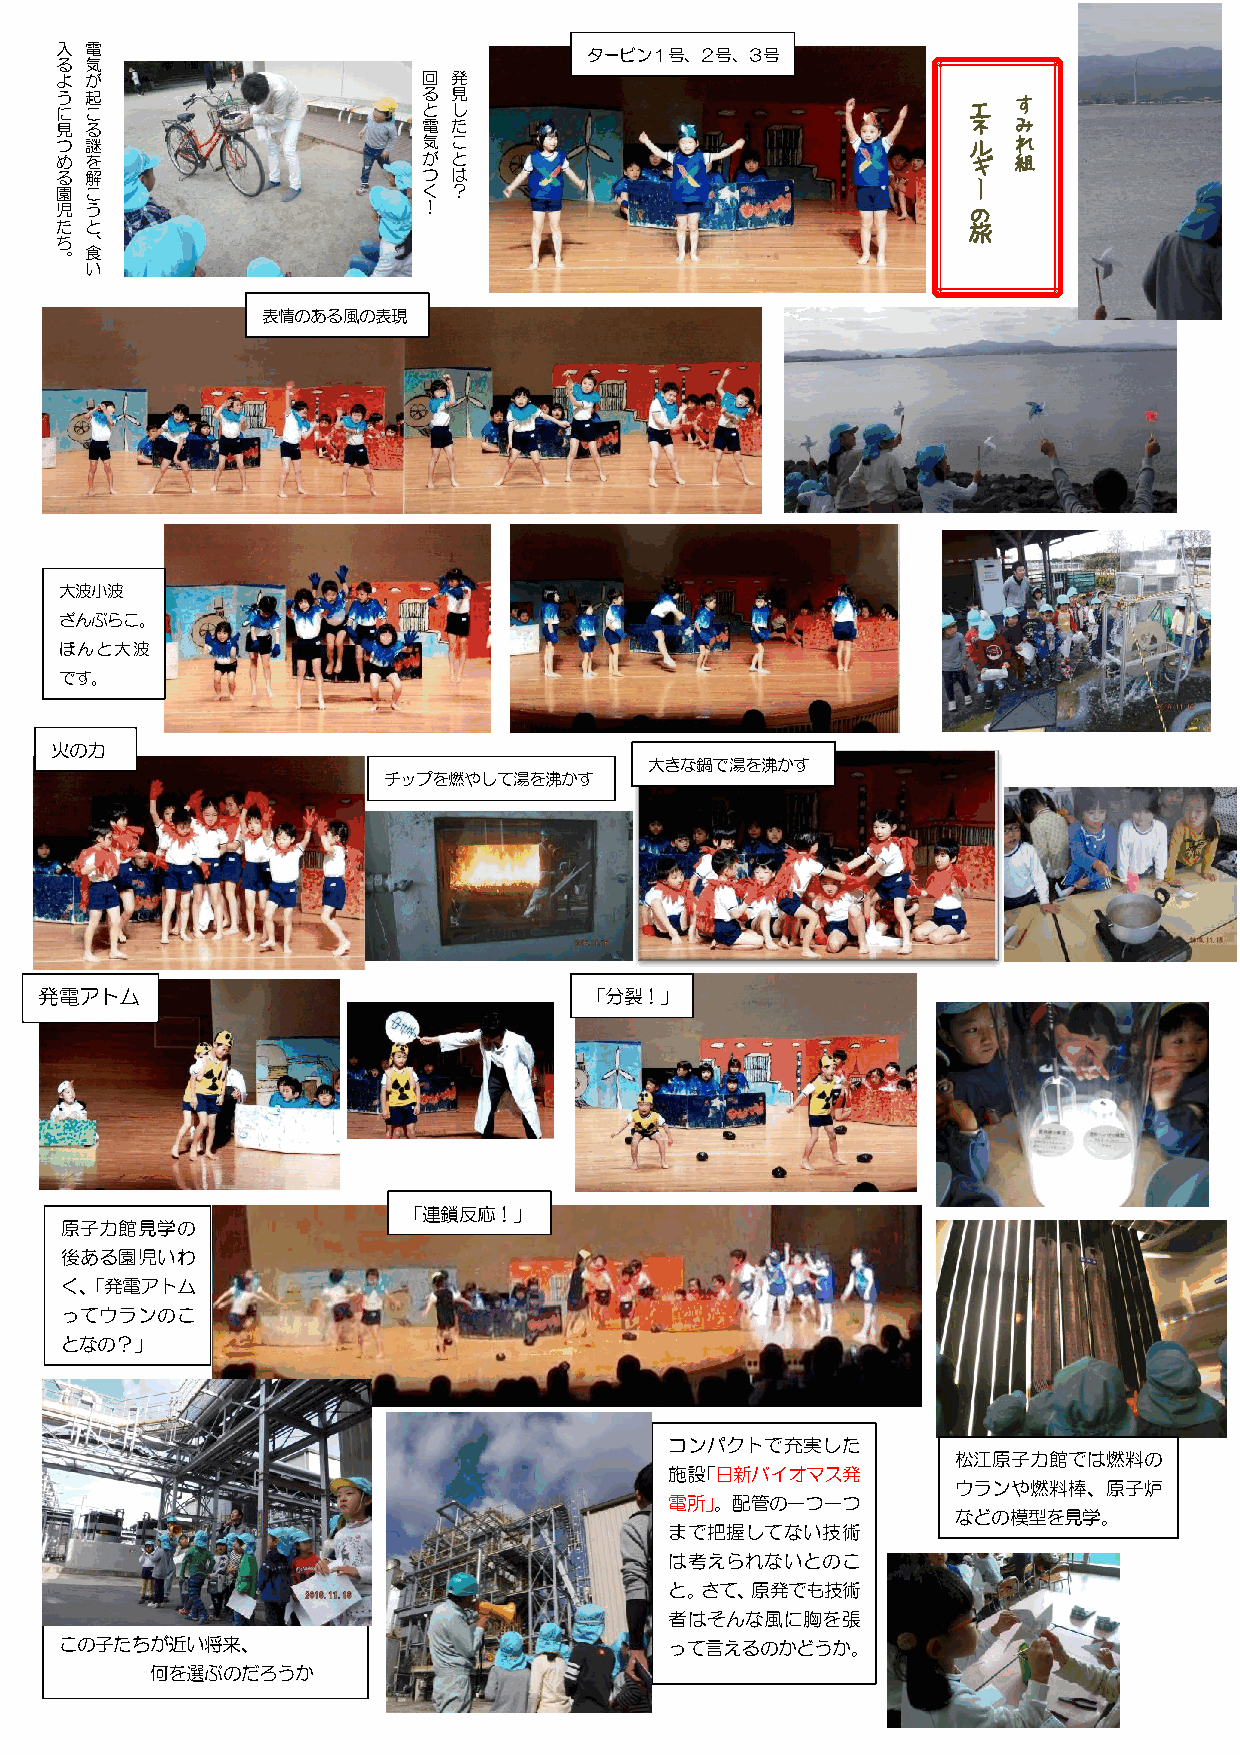
入 電                                タービン１号、２号、３号
 る 気
 よ が                     回 発
 う に 見 起 こ る             る と 電 見 し た                         エ ネ す み
 つ 謎                     気 こ                                 ル  れ
 め を                     が と                                 ギ  組
 る
 園
 解
 こ
 つ
 く
 は
 ？                                 ー
 児 う                     ！                                   の
 た と                                                         旅
 ち 、
 。 食
 い
 表情のある風の表現
 大波小波
 ざんぶらこ。
 ほんと大波
 です。
 火の力
 大きな鍋で湯を沸かす
 チップを燃やして湯を沸かす
 発電アトム                               「分裂！」
 「連鎖反応！」
 原子力館見学の
 後ある園児いわ
 く、「発電アトム
 ってウランのこ
 となの？」
 コンパクトで充実した
 松江原子力館では燃料の
 施設「日新バイオマス発
 ウランや燃料棒、原子炉
 電所」。配管の一つ一つ
 などの模型を見学。
 まで把握してない技術
 は考えられないとのこ
 と。さて、原発でも技術
 者はそんな風に胸を張
 この子たちが近い将来、                             って言えるのかどうか。
 何を選ぶのだろうか